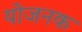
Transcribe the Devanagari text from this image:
योजनक